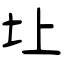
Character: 圵